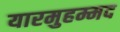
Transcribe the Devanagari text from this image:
यारमुहम्मद